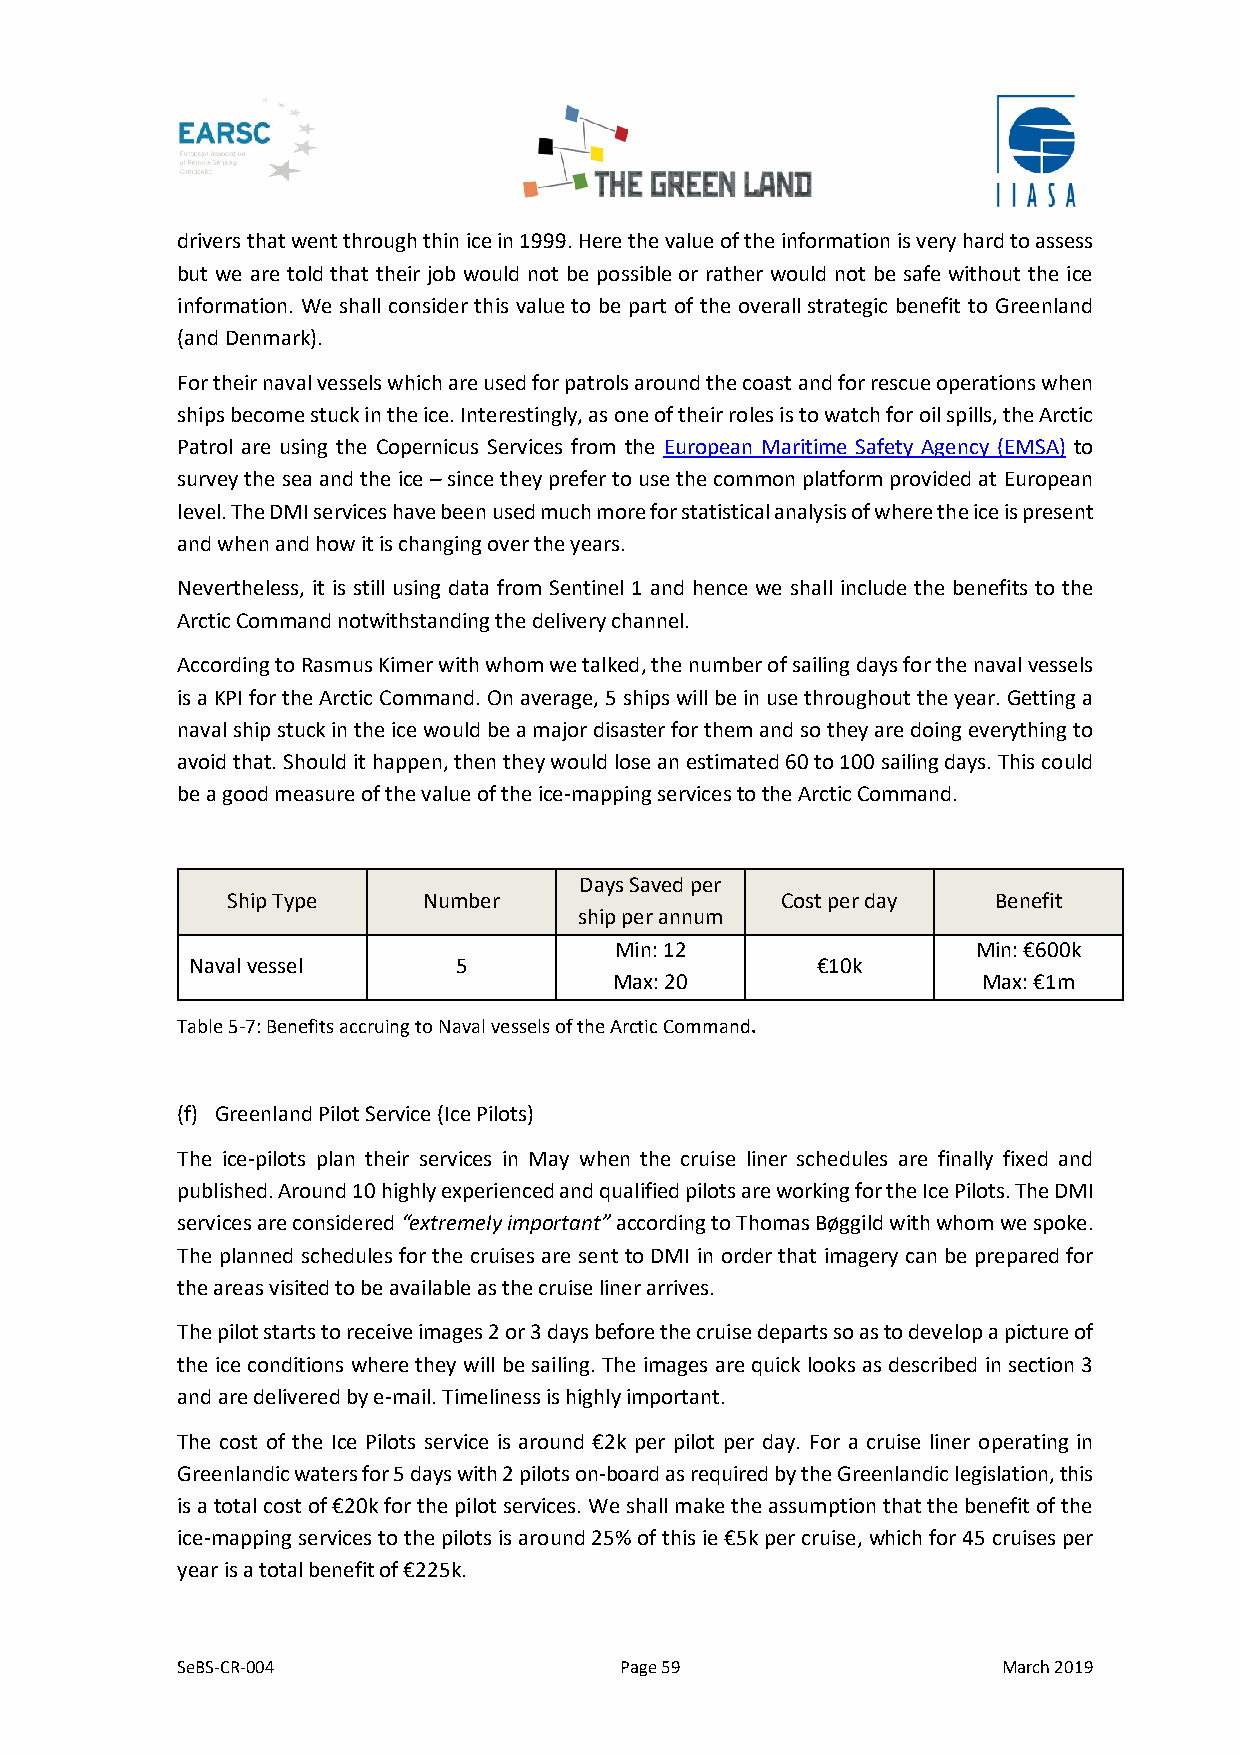
drivers that went through thin ice in 1999. Here the value of the information is very hard to assess
 but we are told that their job would not be possible or rather would not be safe without the ice
 information. We shall consider this value to be part of the overall strategic benefit to Greenland
 (and Denmark).
 For their naval vessels which are used for patrols around the coast and for rescue operations when
 ships become stuck in the ice. Interestingly, as one of their roles is to watch for oil spills, the Arctic
 Patrol are using the Copernicus Services from the European Maritime Safety Agency (EMSA) to
 survey the sea and the ice – since they prefer to use the common platform provided at European
 level. The DMI services have been used much more for statistical analysis of where the ice is present
 and when and how it is changing over the years.
 Nevertheless, it is still using data from Sentinel 1 and hence we shall include the benefits to the
 Arctic Command notwithstanding the delivery channel.
 According to Rasmus Kimer with whom we talked, the number of sailing days for the naval vessels
 is a KPI for the Arctic Command. On average, 5 ships will be in use throughout the year. Getting a
 naval ship stuck in the ice would be a major disaster for them and so they are doing everything to
 avoid that. Should it happen, then they would lose an estimated 60 to 100 sailing days. This could
 be a good measure of the value of the ice-mapping services to the Arctic Command.
 Days Saved per
 Ship Type    Number                  Cost per day  Benefit
 ship per annum
 Min: 12                 Min: €600k
 Naval vessel     5                       €10k
 Max: 20                 Max: €1m
 Table 5-7: Benefits accruing to Naval vessels of the Arctic Command.
 (f) Greenland Pilot Service (Ice Pilots)
 The ice-pilots plan their services in May when the cruise liner schedules are finally fixed and
 published. Around 10 highly experienced and qualified pilots are working for the Ice Pilots. The DMI
 services are considered “extremely important” according to Thomas Bøggild with whom we spoke.
 The planned schedules for the cruises are sent to DMI in order that imagery can be prepared for
 the areas visited to be available as the cruise liner arrives.
 The pilot starts to receive images 2 or 3 days before the cruise departs so as to develop a picture of
 the ice conditions where they will be sailing. The images are quick looks as described in section 3
 and are delivered by e-mail. Timeliness is highly important.
 The cost of the Ice Pilots service is around €2k per pilot per day. For a cruise liner operating in
 Greenlandic waters for 5 days with 2 pilots on-board as required by the Greenlandic legislation, this
 is a total cost of €20k for the pilot services. We shall make the assumption that the benefit of the
 ice-mapping services to the pilots is around 25% of this ie €5k per cruise, which for 45 cruises per
 year is a total benefit of €225k.
 SeBS-CR-004                  Page 59                  March 2019